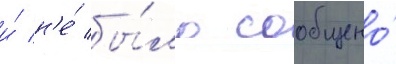
и́ н'е́ бы́ло сообщено́